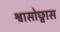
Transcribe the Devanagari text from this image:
श्वासोछ्वास